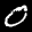
Label: 0